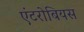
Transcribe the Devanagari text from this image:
एंटरोबियस